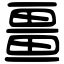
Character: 畺